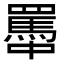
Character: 𦌭